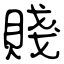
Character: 賤